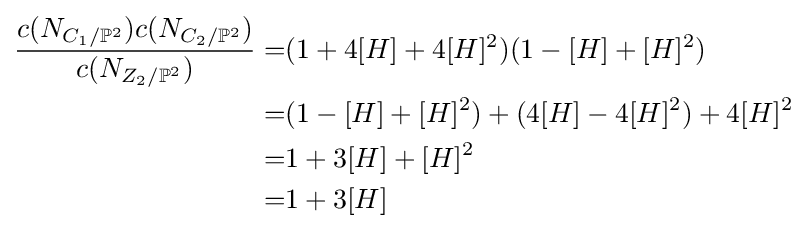
{\begin{aligned}{\frac {c(N_{C_{1}/\mathbb {P} ^{2}})c(N_{C_{2}/\mathbb {P} ^{2}})}{c(N_{Z_{2}/\mathbb {P} ^{2}})}}=&(1+4[H]+4[H]^{2})(1-[H]+[H]^{2})\\=&(1-[H]+[H]^{2})+(4[H]-4[H]^{2})+4[H]^{2}\\=&1+3[H]+[H]^{2}\\=&1+3[H]\end{aligned}}